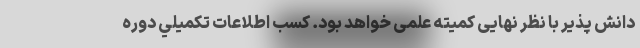
دانش پذیر با نظر نهایی کمیته علمی خواهد بود. كسب اطلاعات تكميلي دوره